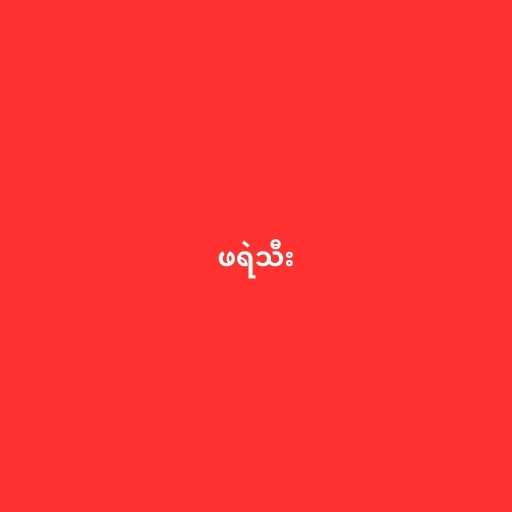
ဖရဲသီး